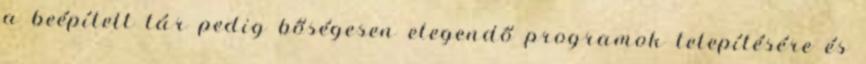
a beépített tár pedig bőségesen elegendő programok telepítésére és